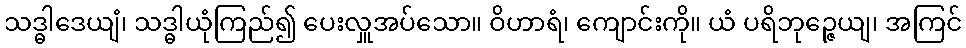
သဒ္ဓါဒေယျံ၊ သဒ္ဓါယုံကြည်၍ ပေးလှူအပ်သော။ ဝိဟာရံ၊ ကျောင်းကို။ ယံ ပရိဘုဉ္ဇေယျ၊ အကြင်